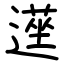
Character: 遳